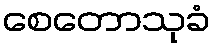
စေတောသုခံ